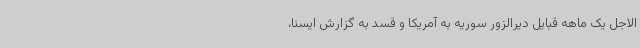
الاجل یک ماهه قبایل دیرالزور سوریه به آمریکا و قسد به گزارش ایسنا،